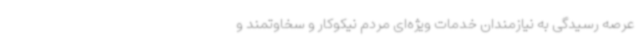
عرصه رسیدگی به نیازمندان خدمات ویژه‌ای مردم نیکوکار و سخاوتمند و